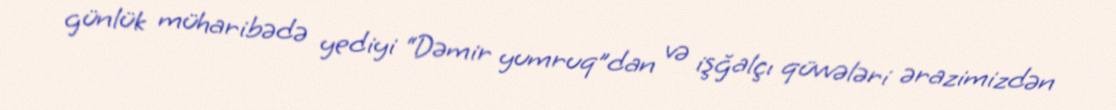
günlük müharibədə yediyi “Dəmir yumruq”dan və işğalçı qüvvələri ərazimizdən